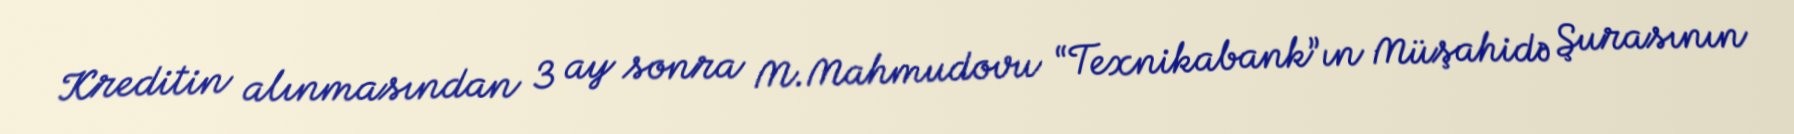
Kreditin alınmasından 3 ay sonra M.Mahmudovu “Texnikabank”ın Müşahidə Şurasının